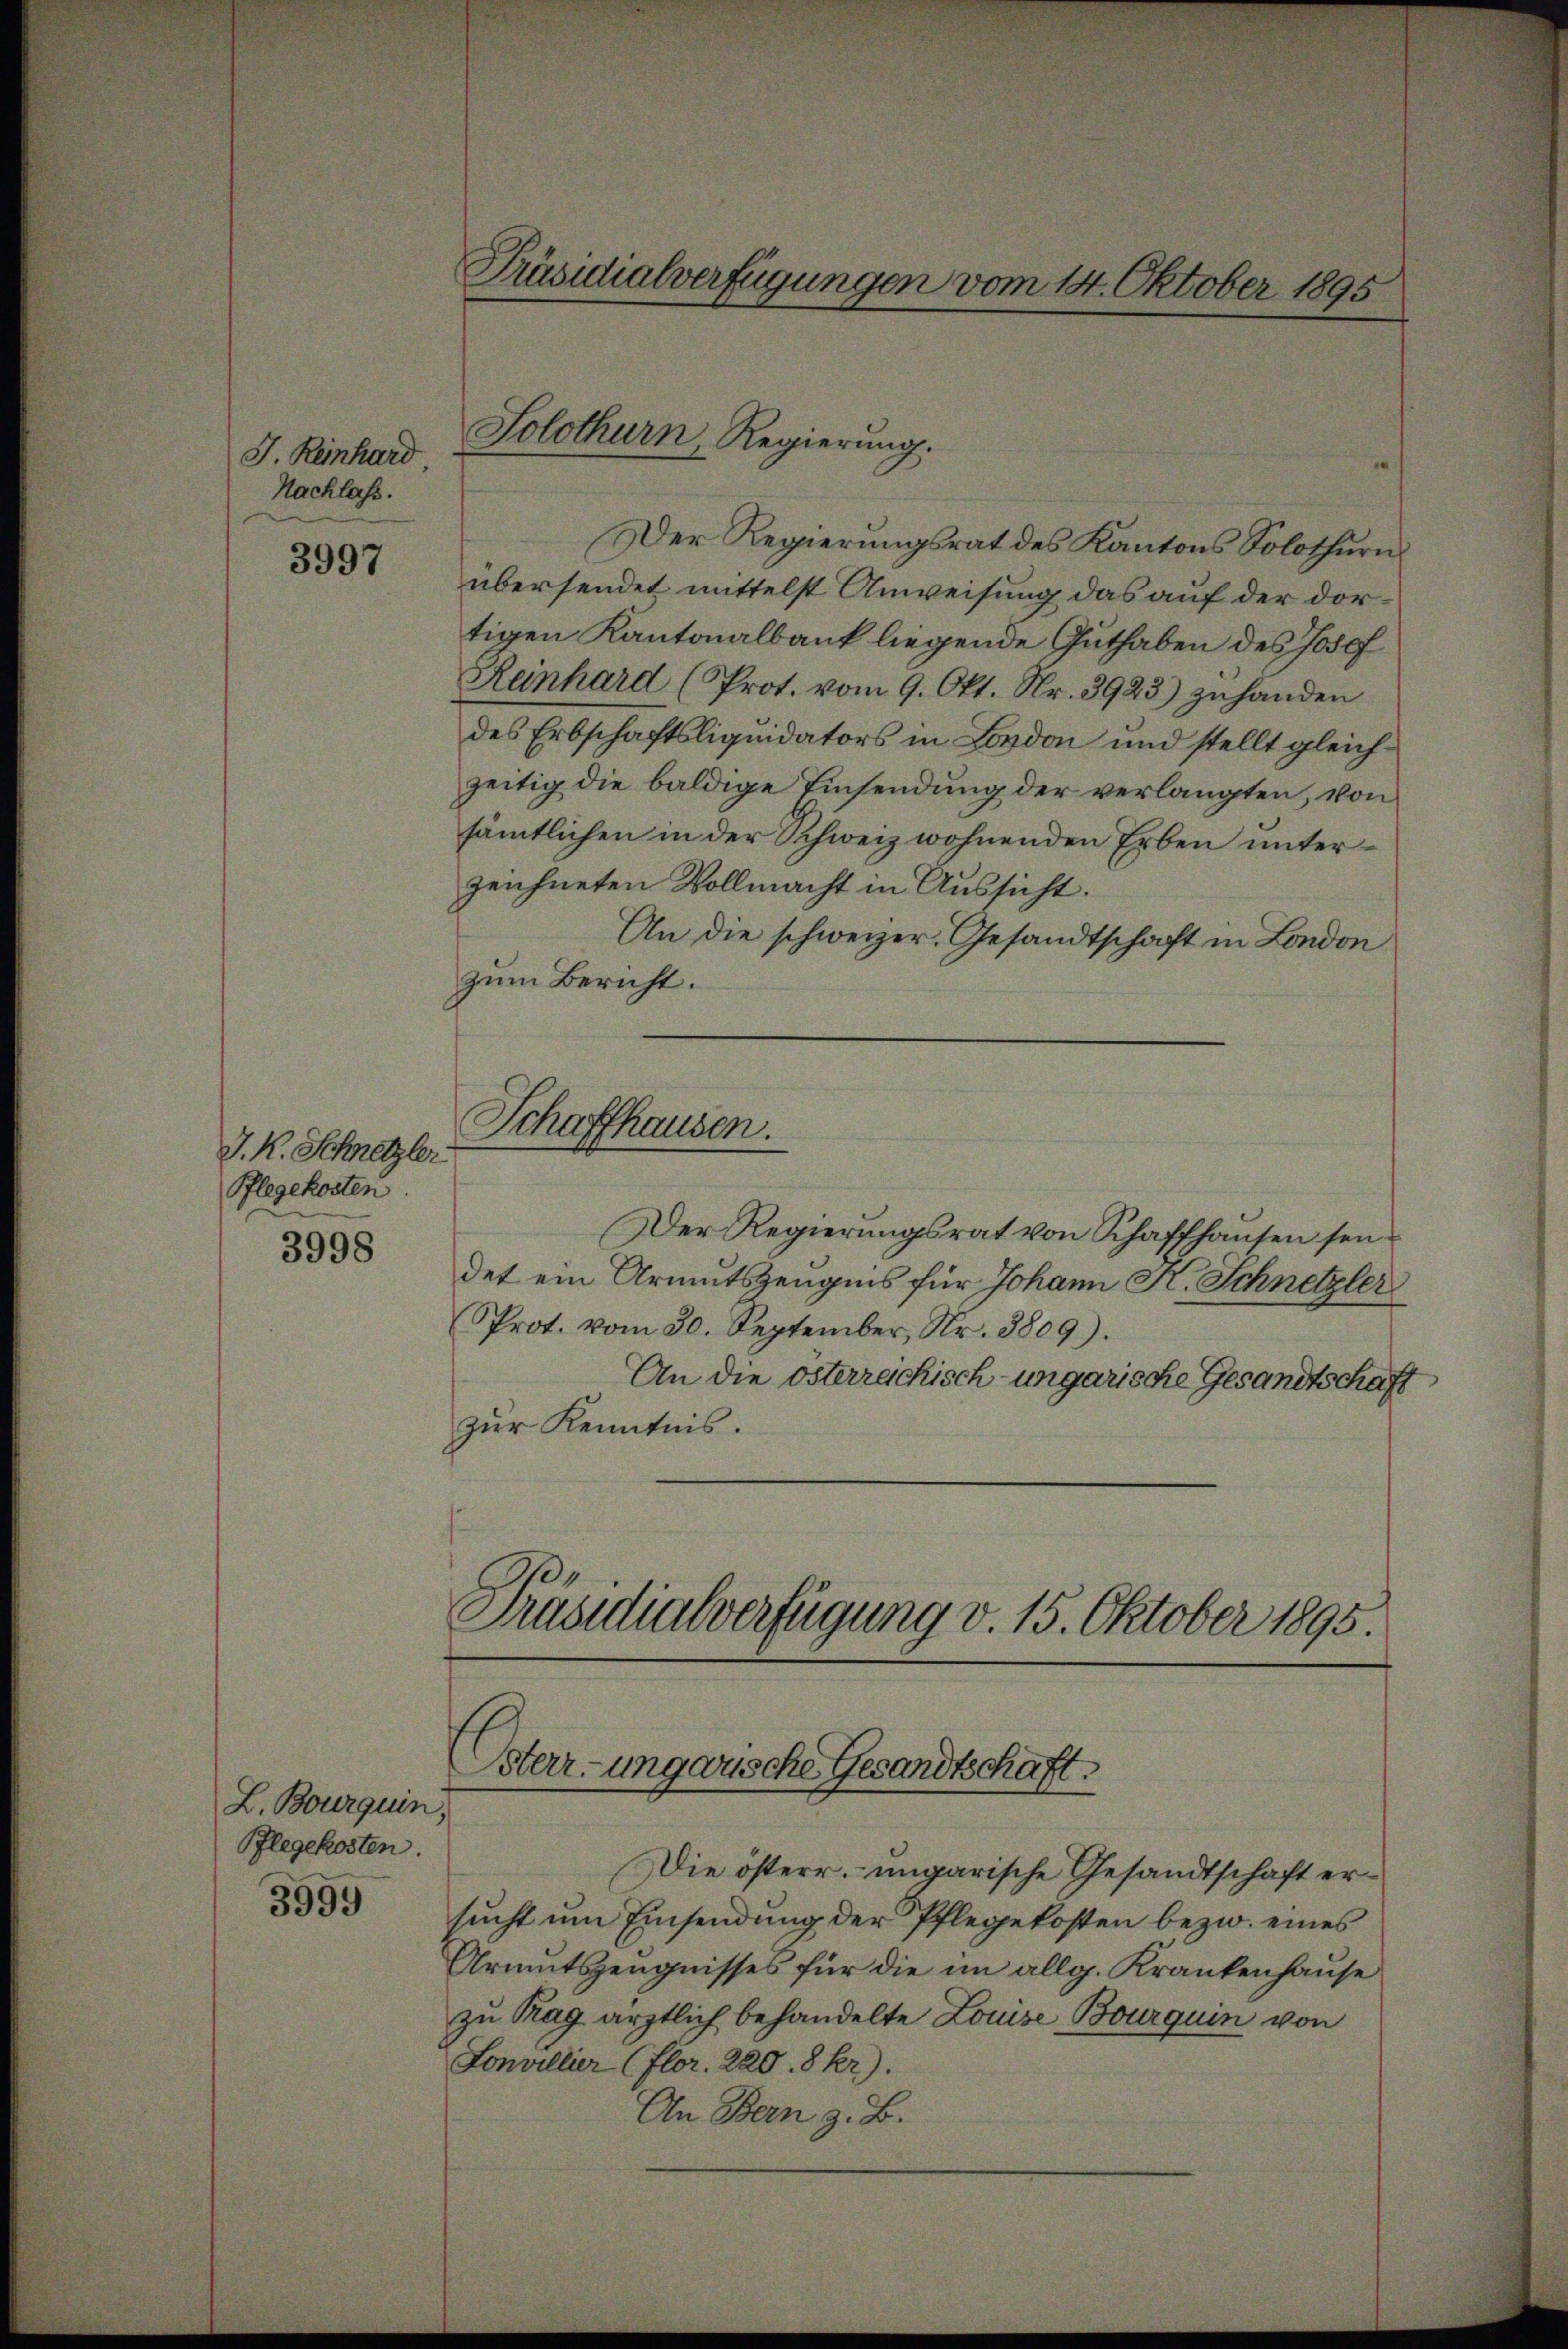
J. Reinhard
Nachlass.

3997

J. K. Schnetzler
Pflegekosten.
3998

L. Bourquin,
Pflegekosten.
3995

Präsidialverfügungen vom 14. Oktober 1895

Der Regierungsrat des Kantons Solothurn
übersendet mittelst Anweisung das auf der dortigen Kantonalbank liegende Guthaben des Josef
Reinhard (Prot. vom 9. Okt. Nr. 3923) zuhanden
des Erbschaftsliquidators in London und stellt gleichzeitig die baldige Einsendung der verlangten, von
sämtlichen in der Schweiz wohnenden Erben unterzeichneten Vollmacht in Aussicht.
An die schweizer. Gesandtschaft in London
zum Bericht.
Schaffhausen.
Der Regierungsrat von Schaffhausen seidet ein Armutszeugnis für Johann K. Schnetzler
Prot. vom 30. September, Nr. 3809).
An die österreichisch-ungarische Gesandtschaft
zur Kenntnis.

Solothurn, Regierung.

Die österr. ungarische Gesandtschaft ersucht um Einsendung der Pflegekosten bezw. eines
Armutszeugnisses für die im allg. Krankenhause
zu Rag ärztlich behandelte Louise Bourquin von
Lonvillier (Flor. 220. 8 kr).
An Bern z. B.

Präsidialverfügung v. 15. Oktober 1895.
Osterr-ungarische Gesandtschaft.